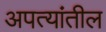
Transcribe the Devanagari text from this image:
अपत्यांतील